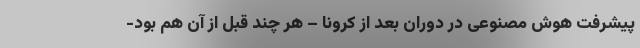
پیشرفت هوش مصنوعی در دوران بعد از کرونا – هر چند قبل از آن هم بود-